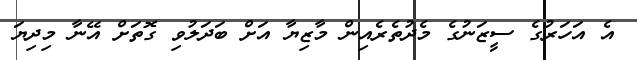
އެ އަހަރުގެ ސީޒަނުގެ މެދުތެރެއިން މާޒިޔާ އަށް ބަދަލުވި ގޮތަށް އޭނާ މިދިޔަ